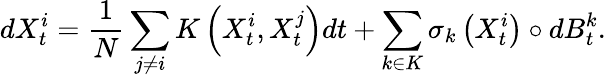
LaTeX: dX_{t}^{i}=\frac{1}{N}\sum_{j\neq i}K\left(X_{t}^{i},X_{t}^{j}\right)dt+\sum_{k\in K}\sigma_{k}\left(X_{t}^{i}\right)\circ dB_{t}^{k}.